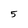
Character: 5